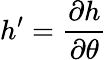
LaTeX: h^{\prime}=\frac{\partial h}{\partial\theta}